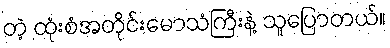
တဲ့ ထုံးစံအတိုင်းမောသံကြီးနဲ့ သူပြောတယ်။